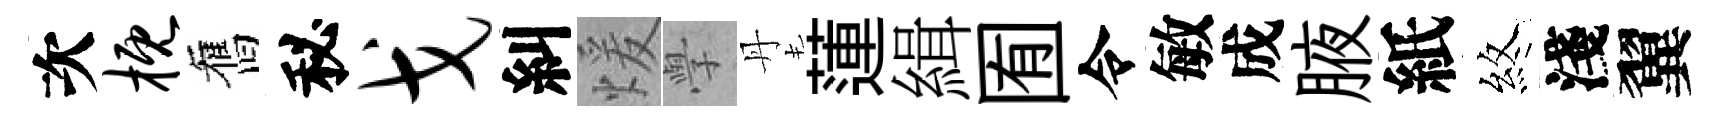
次概舊秘戈糾煖𭓕丹蓮緝囿令敏成腋紙煞淺翼